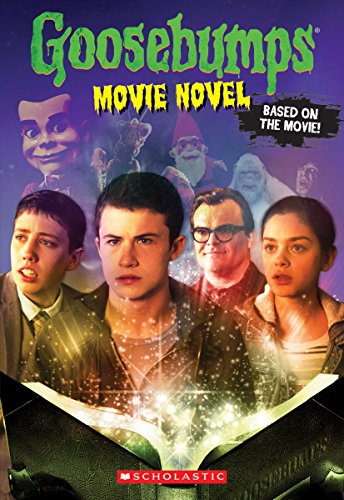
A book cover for Goosebumps The Movie: The Movie Novel; R. L. Stine; Children's Books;